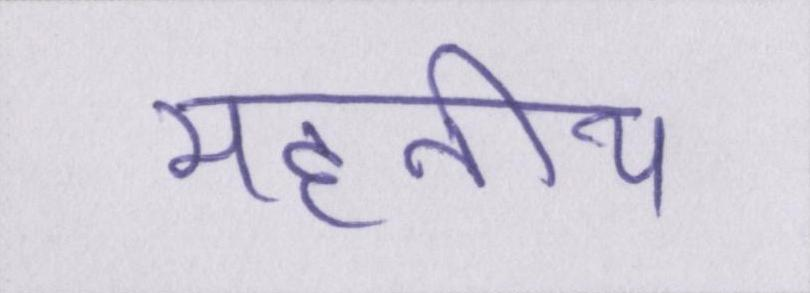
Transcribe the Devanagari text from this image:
महनीय